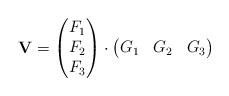
LaTeX: \begin{align*}\mathbf V = \begin{pmatrix} F_1\\ F_2\\ F_3\end{pmatrix} \cdot \begin{pmatrix} G_1 & G_2 & G_3 \end{pmatrix}\end{align*}